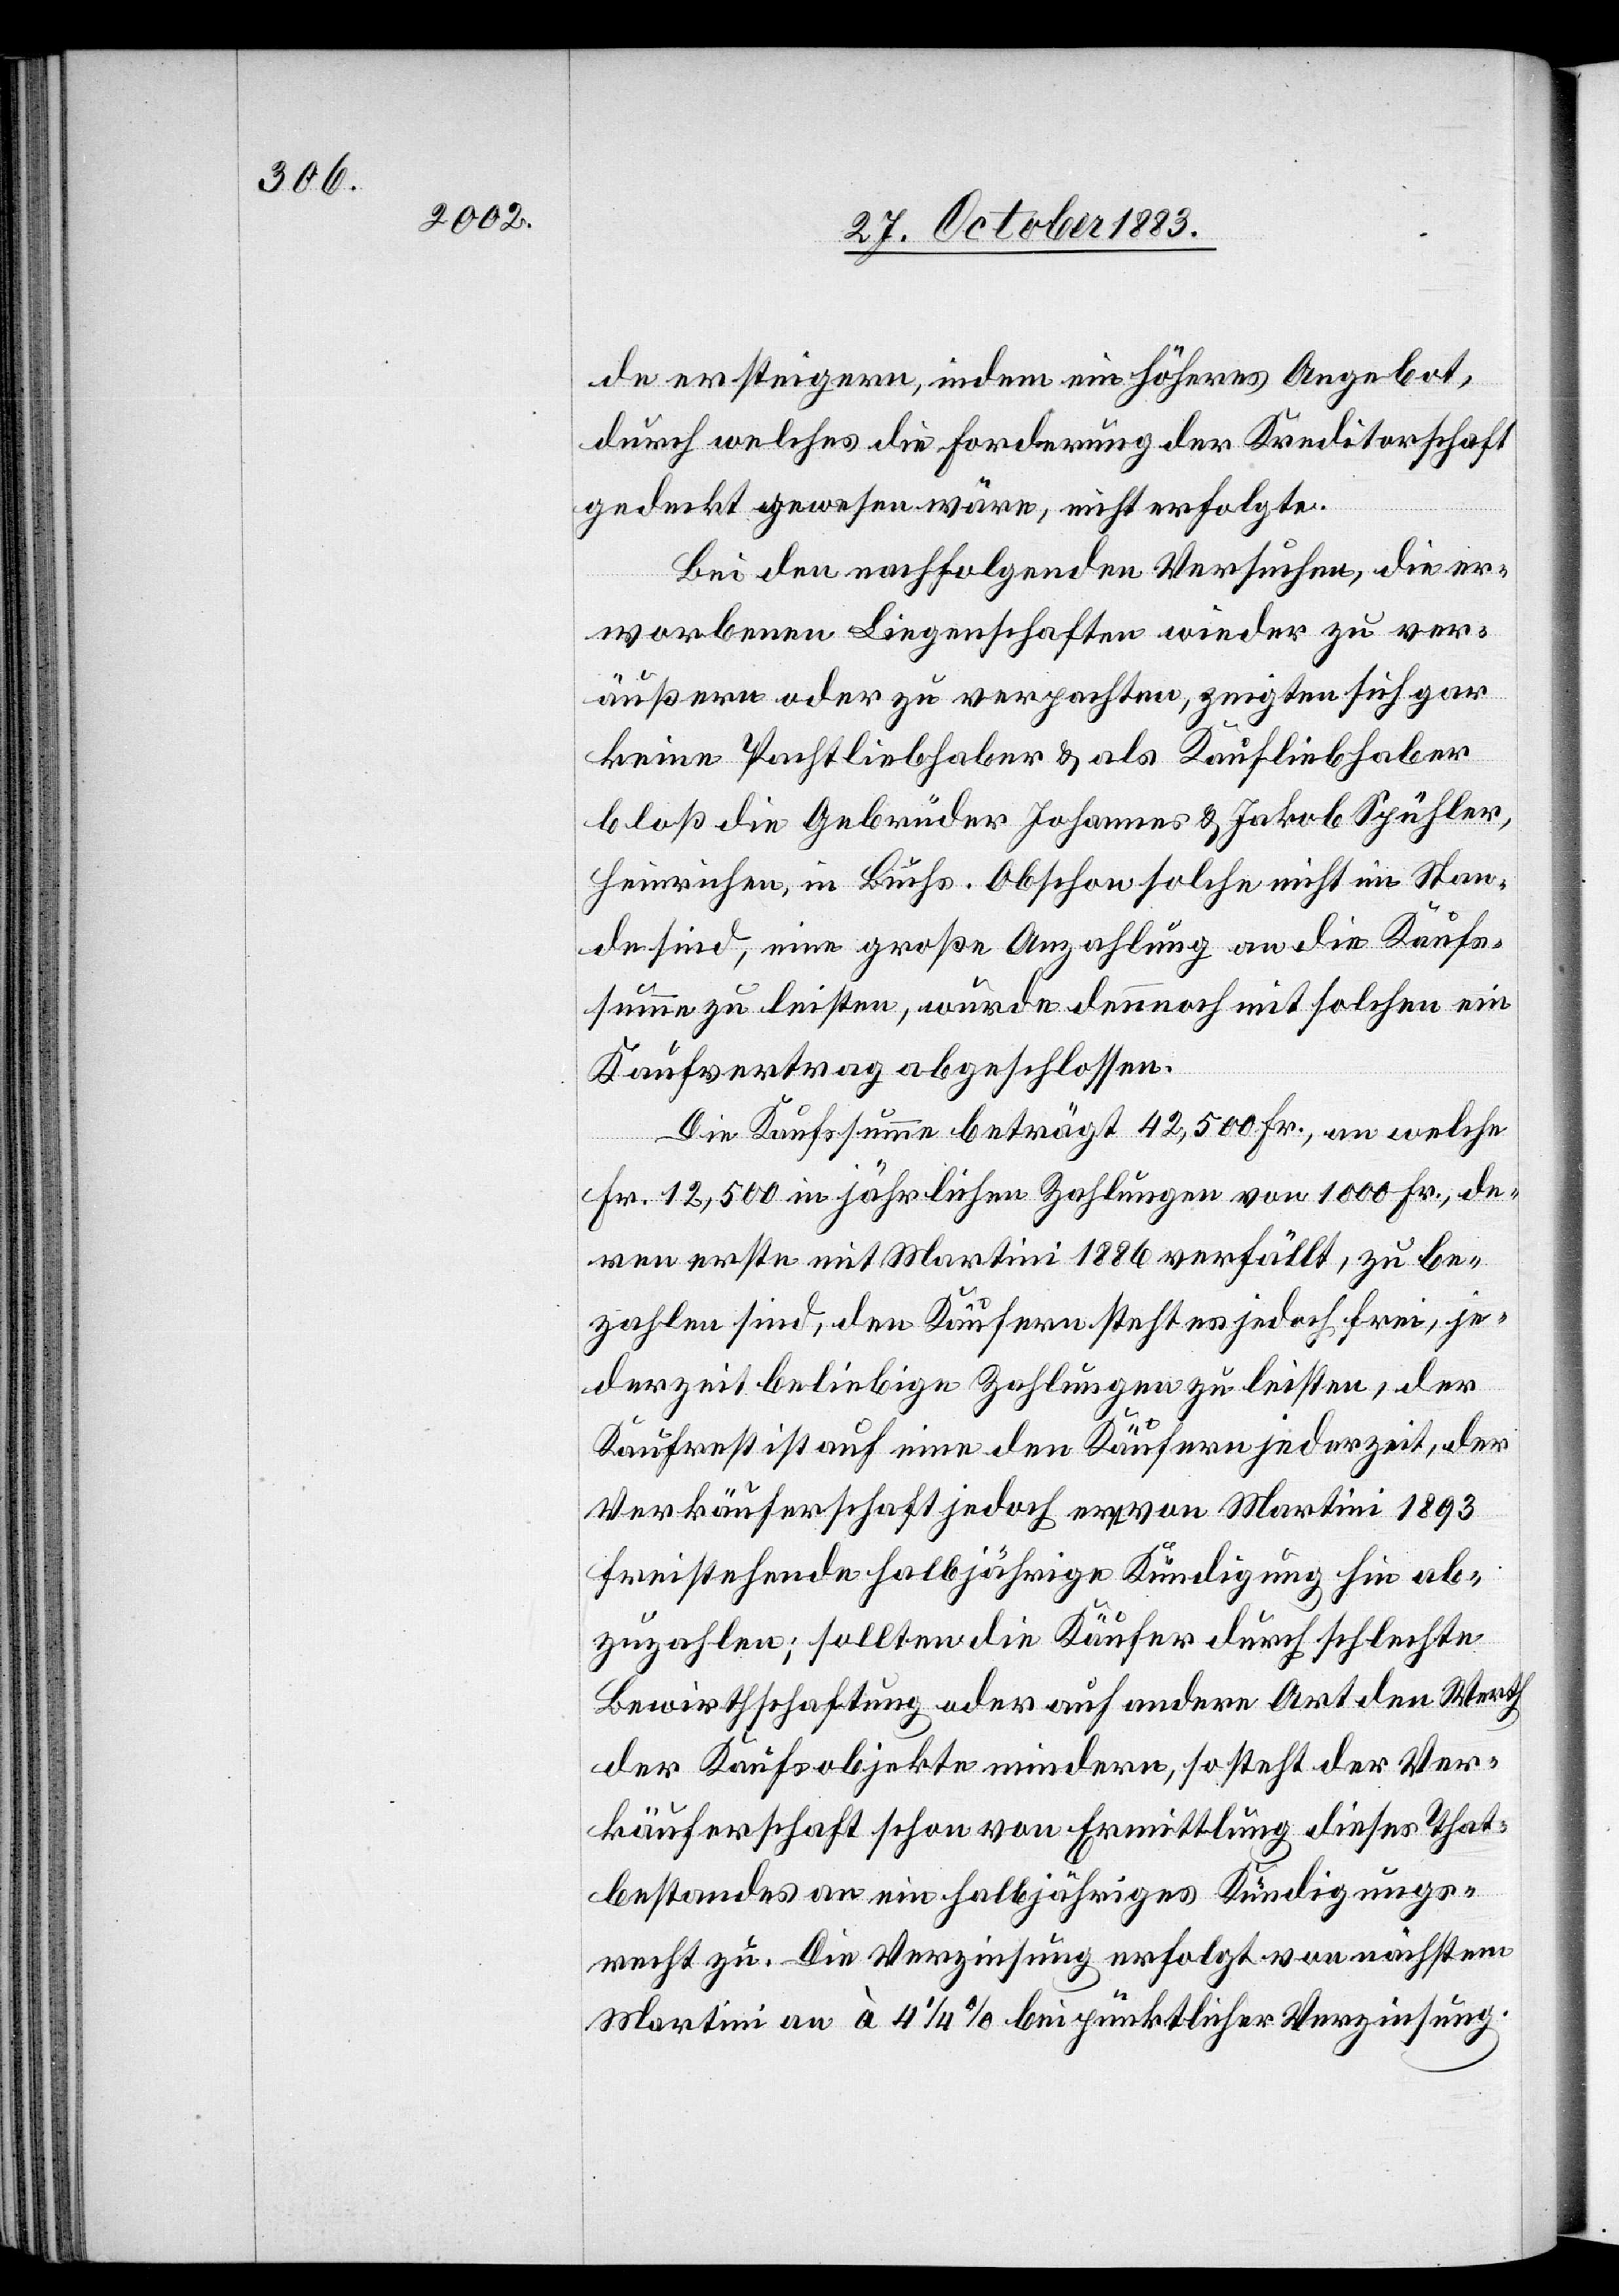
de ersteigern, indem ein höheres Angebot,
durch welches die Forderung der Kreditorschaft
gedeckt gewesen wäre, nicht erfolgte.
Bei den nachfolgenden Versuchen, die er¬
worbenen Liegenschaften wieder zu ver¬
äußern oder zu verpachten, zeigten sich gar
keine Pachtliebhaber & als Kaufliebhaber
bloß die Gebrüder Johannes & Jakob Spühler,
Heinrichen, in Buchs. Obschon solche nicht im Stan¬
de sind, eine große Anzahlung an die Kaufs¬
summe zu leisten, wurde dennoch mit solchen ein
Kaufvertrag abgeschlossen.
Die Kaufssumme beträgt 42,500 Fr. an welche
Fr. 12,500 in jährlichen Zahlung von 1000 Fr., de¬
ren erste mit Martini 1886 verfällt, zu be¬
zahlen sind, den Käufern stehe es jedoch frei, je¬
derzeit beliebige Zahlungen zu leisten, der
Kaufrest ist auf eine den Käufern jederzeit, der
Verkäuferschaft jedoch erst von Martini 1893
freistehende halbjährige Kündigung hin ab¬
zuzahlen; sollten die Käufer durch schlechte
Bewirthschaftung oder auf andere Art den Werth
der Kaufsobjekte mindern, so steht der Ver¬
käuferschaft schon von Ermittlung dieses That¬
bestandes an ein halbjähriges Kündungs¬
recht zu. Die Verzinsung erfolgt von nächstem
Martini an à 4 1/4% bei pünktlicher Verzinsung.